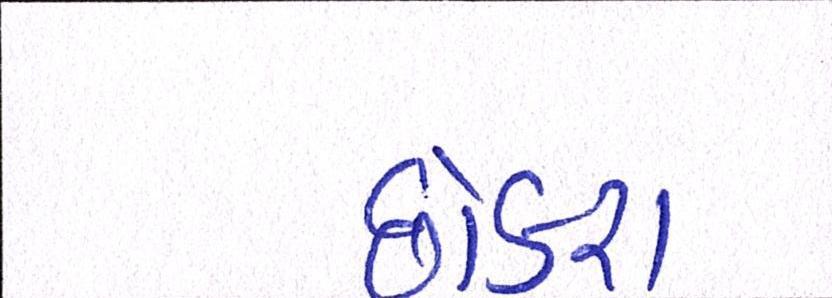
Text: છોકરા